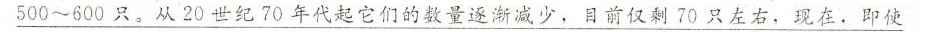
\underline{500~600只。从20世纪70年代起它们的数量逐渐减少，目前仅剩70只左右，现在。即使}